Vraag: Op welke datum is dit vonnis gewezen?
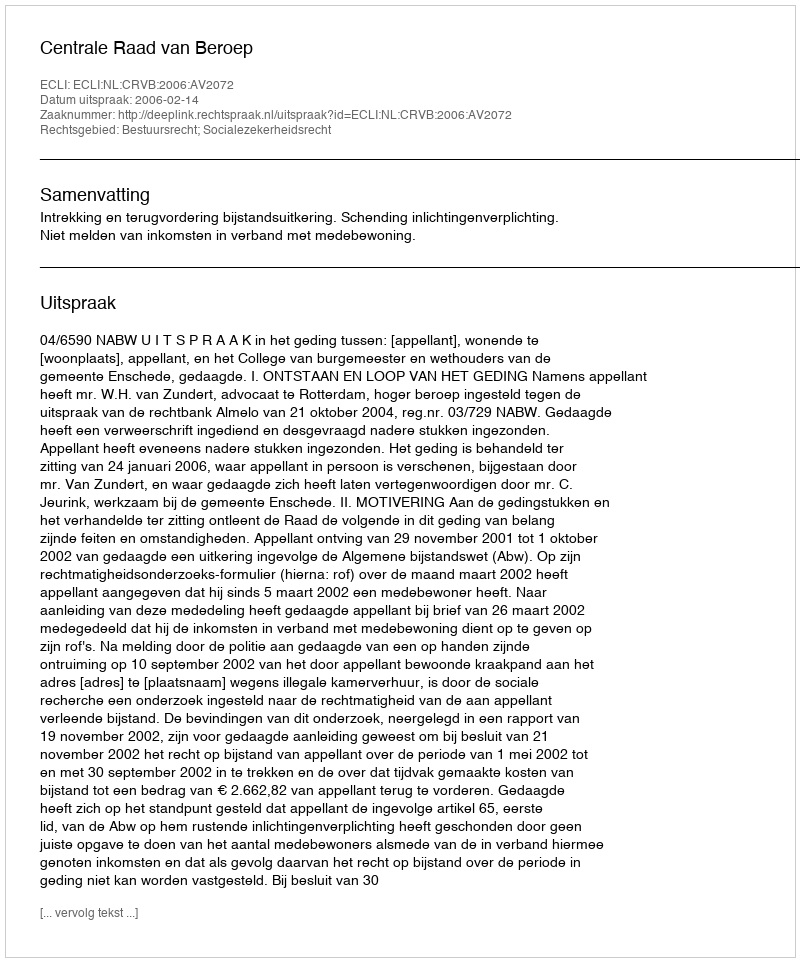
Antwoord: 2006-02-14